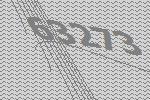
63273